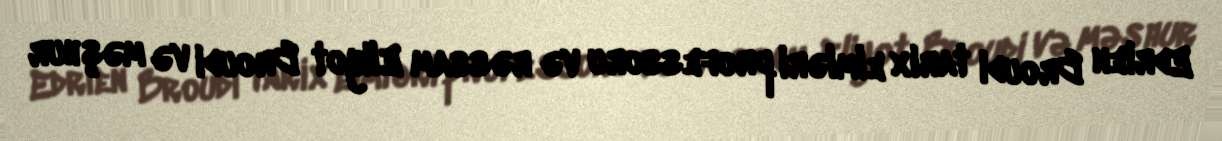
Edrien Broudi tarix elmləri professoru və rəssam Eliyot Broudi və məşhur